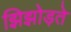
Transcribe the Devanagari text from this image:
झिझोड़ते